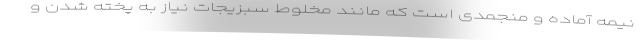
نیمه آماده و منجمدی است که مانند مخلوط سبزیجات نیاز به پخته شدن و